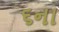
૬ના